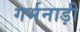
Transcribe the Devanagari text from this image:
गर्भनाड़ी